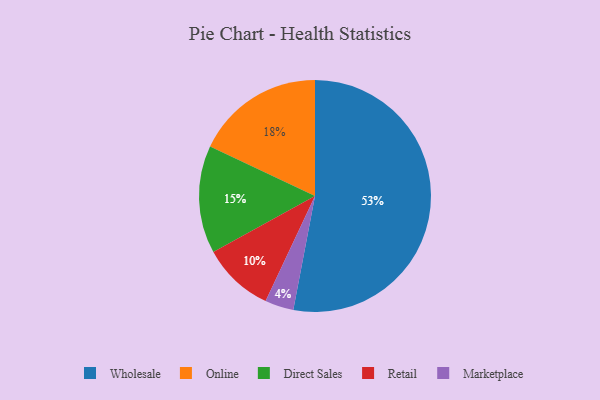
{"axis": {"x": "Category", "y": "Percentage"}, "legend": ["Direct Sales", "Marketplace", "Online", "Retail", "Wholesale"], "data": [{"x": "Retail", "y": 10, "type": "Retail"}, {"x": "Direct Sales", "y": 15, "type": "Direct Sales"}, {"x": "Wholesale", "y": 53, "type": "Wholesale"}, {"x": "Marketplace", "y": 4, "type": "Marketplace"}, {"x": "Online", "y": 18, "type": "Online"}]}